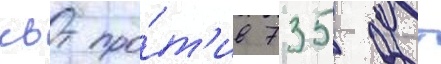
квт про́т'ив 735 квт